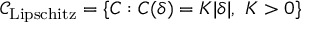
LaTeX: { \mathcal { C } } _ { \mathrm { L i p s c h i t z } } = \{ C : C ( \delta ) = K | \delta | , \ K > 0 \}